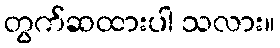
တွက်ဆထားပါ သလား။